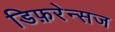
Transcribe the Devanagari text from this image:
डिफ़रेन्सज